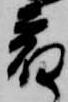
宿